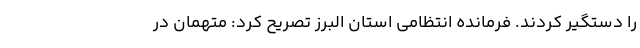
را دستگیر کردند. فرمانده انتظامی استان البرز تصریح کرد: متهمان در